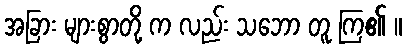
အခြား များစွာတို့ က လည်း သဘော တူ ကြ၏ ။